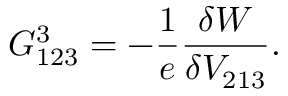
G _ { 1 2 3 } ^ { 3 } = - \frac { 1 } { e } \frac { \delta W } { \delta V _ { 2 1 3 } } .